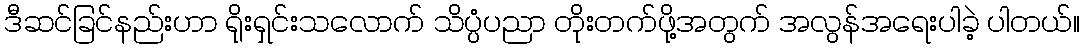
ဒီဆင်ခြင်နည်းဟာ ရိုးရှင်းသလောက် သိပ္ပံပညာ တိုးတက်ဖို့အတွက် အလွန်အရေးပါခဲ့ ပါတယ်။